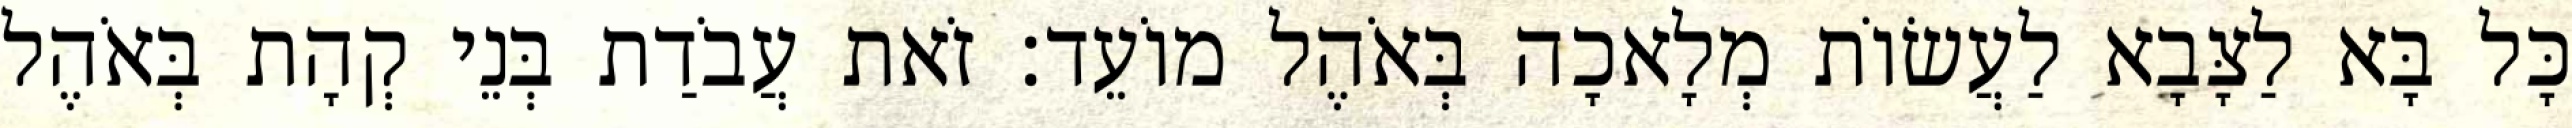
כָּל בָּא לַצָּבָא לַעֲשׂוֹת מְלָאכָה בְּאֹהֶל מוֹעֵד׃ זֹאת עֲבֹדַת בְּנֵי קְהָת בְּאֹהֶל